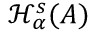
\mathcal { H } _ { \alpha } ^ { s } ( A )